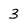
Character: 3